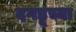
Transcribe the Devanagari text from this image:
दगडूच्या